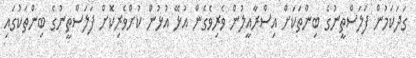
ގަދަކަމުން ފަލަސްތީނުގެ ބިންތަކަށް އިސްރާއީލުން ވެރިވެގެން އުޅޭ އުޅުން ކުށްވެރިކޮށް ފަލަސްތީނުގެ ބިންތަކުގައި